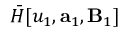
\bar { H } [ u _ { 1 } , \mathbf { a } _ { 1 } , \mathbf { B } _ { 1 } ]